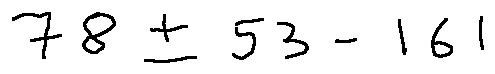
7 8 \pm 5 3 - 1 6 1